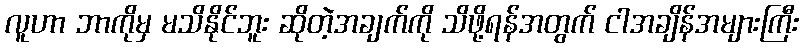
လူဟာ ဘာကိုမှ မသိနိုင်ဘူး ဆိုတဲ့အချက်ကို သိဖို့ရန်အတွက် ငါအချိန်အများကြီး